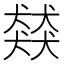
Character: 𮳿